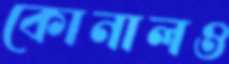
কোনালও